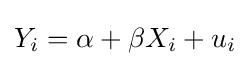
Y_{i}=\alpha +\beta X_{i}+u_{i}